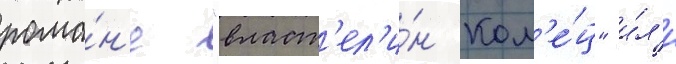
рома́н'е "власт'ел'и́н кол'е́ц" и́л'и